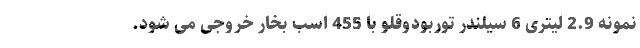
نمونه 2.9 لیتری 6 سیلندر توربودوقلو با 455 اسب بخار خروجی می شود.